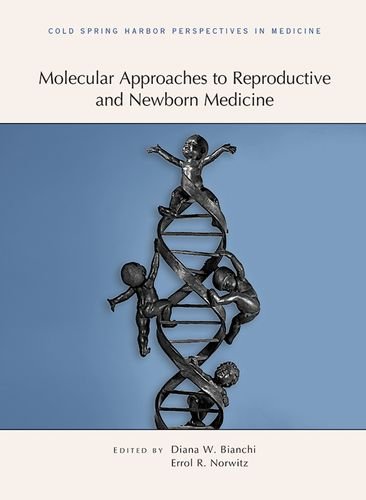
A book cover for Molecular Approaches to Reproductive and Newborn Medicine (Subject Collection from Cold Spring Harbor Perspectives in Medicine); Parenting & Relationships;